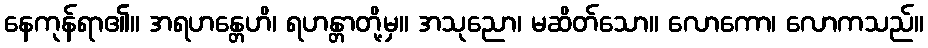
နေကုန်ရာ၏။ အရဟန္တေဟိ၊ ရဟန္တာတို့မှ။ အသုညော၊ မဆိတ်သော။ လောကော၊ လောကသည်။